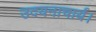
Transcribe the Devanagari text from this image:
उदयनाचार्य।